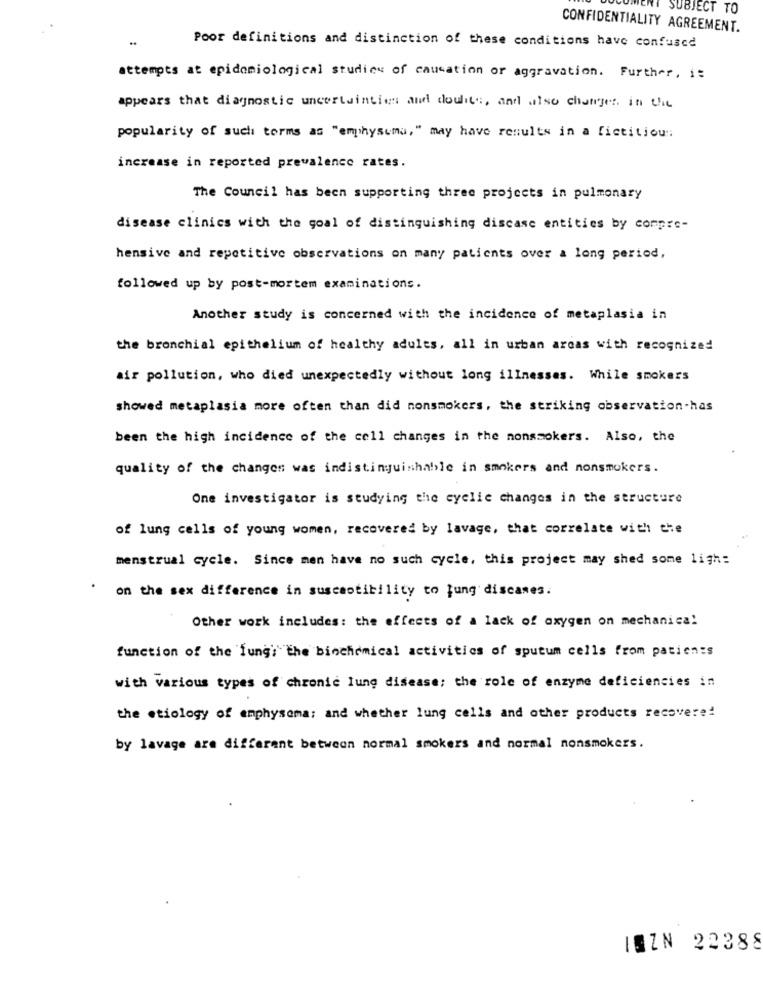
SUBJECT TO
CONFIDENTIALITY AGREEMENT.
Poor definitions and distinction of these conditions have confused
attempts at epidemiological studies of causation or aggravation. Further, i:
appears that diagnostic uncertainties and doubts, and also changes in the
popularity of such torms as "emphysema," may have results in a fictitious
increase in reported prevalence rates.
The Council has been supporting three projects in pulmonary
disease clinics with the goal of distinguishing discase entities by compre-
hensive and repetitive observations on many patients over a long period,
followed up by post-mortem examinations.
Another study is concerned with the incidence of metaplasia in
the bronchial epithelium of healthy adults, all in urban areas with recognized
air pollution, who died unexpectedly without long illnesses. While smokers
showed metaplasia more often than did nonsmokers, the striking observation-has
been the high incidence of the cell changes in the nonsmokers. Also, the
quality of the changes was indistinguishable in smokers and nonsmokers.
One investigator is studying the eyelie changes in the structure
of lung cells of young women, recovered by lavage, that correlate with the
menstrual cycle. Since men have no such cycle, this project may shed some ligh:
on the sex difference in susceotibility to lung discases.
Other work includes: the effects of a lack of oxygen on mechanica!
function of the fungi the biochemical activities of sputum cells from patients
with various types of chronic lung disease; the role of enzyme deficiencies in
the etiology of emphysema: and whether lung cells and other products recovere!
by lavage are different between normal smokers and normal nonsmokers.
ISZN 22388